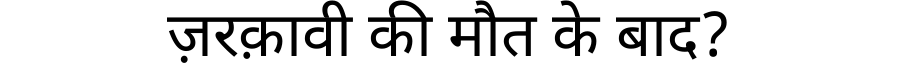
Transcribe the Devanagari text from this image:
ज़रक़ावी की मौत के बाद?